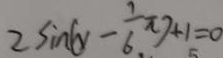
2 \sin ( y - \frac { 1 } { 6 } \pi ) + 1 = 0